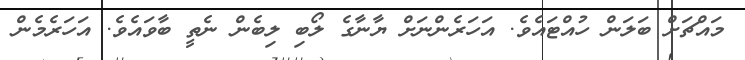
މައްޗަށް ބަލަން ހުއްޓައެވެ. އަހަރެންނަށް ޔާނާގެ ލޯބި ލިބެން ނެތީ ބާވައެވެ. އަހަރެމެން